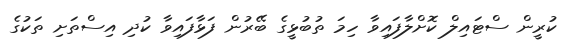
ކުރީން ސްޓައިލް ކޮށްލާފައިވާ ހިމަ ތުބުޅީގެ ބޭރުން ފަޅާފައިވާ ކުދި އިސްތަށި ތަކުގެ